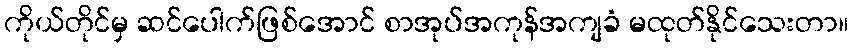
ကိုယ်တိုင်မှ ဆင်ပေါက်ဖြစ်အောင် စာအုပ်အကုန်အကျခံ မထုတ်နိုင်သေးတာ။